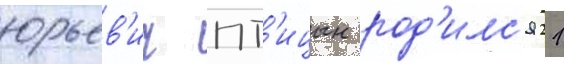
юрьев'ич пт'ицын род'илс'я 21